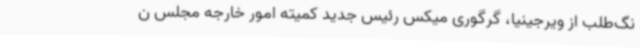
نگ‌طلب از ویرجینیا، گرگوری میکس رئیس جدید کمیته امور خارجه مجلس ن